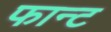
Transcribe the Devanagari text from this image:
फान्ट